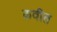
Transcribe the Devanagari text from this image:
कवींत